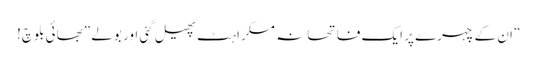
“ ان کے چہرے پر ایک فاتحانہ مسکراہٹ پھیل گئی اور بولے ”بھائی بلوچ!